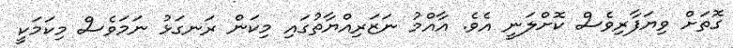
ގޮތަށް ވިޔަފާރިވެސް ކޮށްލަނީ އެވެ. އާއްމު ނަޒަރިއްޔާތުގައި މިކަން ރަނގަޅު ނަމަވެސް މިކަމަކީ